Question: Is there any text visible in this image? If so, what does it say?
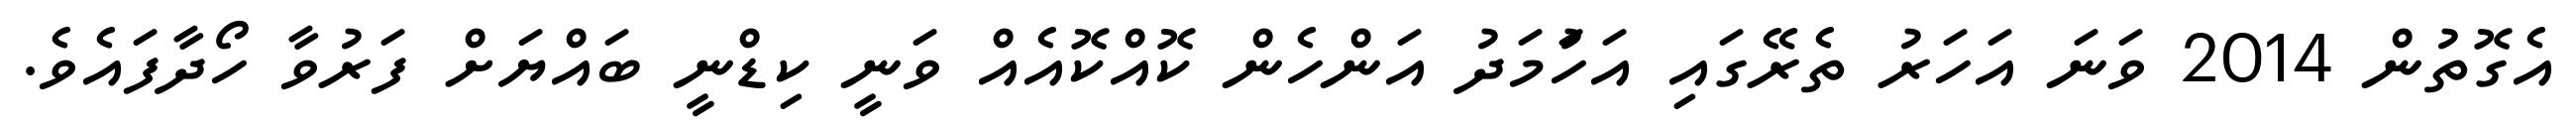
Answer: އެގޮތުން 2014 ވަނަ އަހަރު ތެރޭގައި އަހުަމަދު އަންހެން ކޮއްކޮއެއް ވަނީ ކިޑްނީ ބައްޔަށް ފަރުވާ ހޯދާފައެވެ.